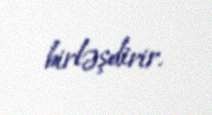
birləşdirir.